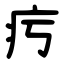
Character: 㽲